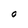
Character: O